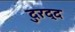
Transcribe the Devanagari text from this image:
दुरद्द